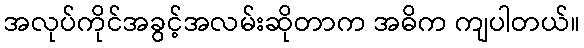
အလုပ်ကိုင်အခွင့်အလမ်းဆိုတာက အဓိက ကျပါတယ်။